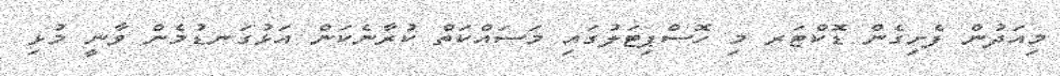
މިއަދުން ފެށިގެން ޑޮކްޓަރ މި ހޮސްޕިޓަލުގައި މަސައްކަތް ކުރާނެކަން އަޅުގަނޑުމެން ވާނީ މުޅި